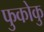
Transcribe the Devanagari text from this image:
फुकोकु